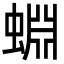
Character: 蜵